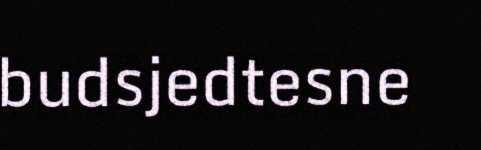
budsjedtesne